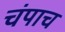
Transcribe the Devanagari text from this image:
चंपाच